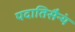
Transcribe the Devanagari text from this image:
पदातिसैन्यं